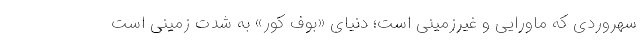
سهروردی که ماورایی و غیرزمینی است؛ دنیای «بوف کور» به شدت زمینی است